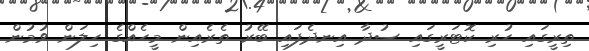
ތިރީގައި ހުރި ކޮޓަރީގައި ސުދާ އިނދެފައި ބޭރު ތެރެއިން މީހެއްގެ ހިލަން ވުމުން